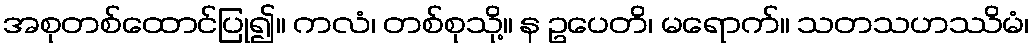
အစုတစ်ထောင်ပြု၍။ ကလံ၊ တစ်စုသို့။ န ဥပေတိ၊ မရောက်။ သတသဟဿိမံ၊